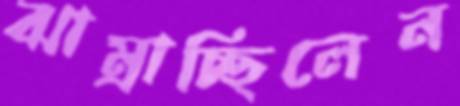
ঝাম্‌রাচ্ছিলেন